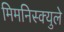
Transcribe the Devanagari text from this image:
मिमनिस्क्युले